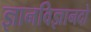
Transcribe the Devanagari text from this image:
ज्ञानविज्ञानदो